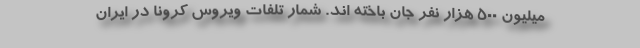
میلیون 500 هزار نفر جان باخته اند. شمار تلفات ویروس کرونا در ایران